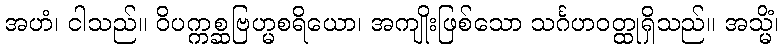
အဟံ၊ ငါသည်။ ဝိပက္ကစ္ဆဗြဟ္မစရိယော၊ အကျိုးဖြစ်သော သင်္ဂဟဝတ္ထုရှိသည်။ အသ္မိံ၊